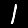
Digit: 1